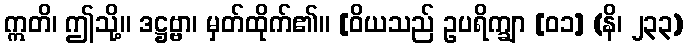
ဣတိ၊ ဤသို့။ ဒဋ္ဌဗ္ဗာ၊ မှတ်ထိုက်၏။ [ဝိယသည် ဥပရိက္ချာ [၀၁] (နိ၊ ၂၃၃)